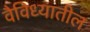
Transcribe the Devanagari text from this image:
वैविध्यातील